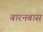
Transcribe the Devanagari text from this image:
बारनबास